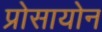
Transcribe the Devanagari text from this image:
प्रोसायोन